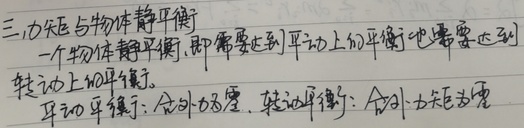
三、力矩与物体静平衡
一个物体静平衡，即需要达到平动上的平衡，也需要达到转动上的平衡。
平动平衡：合外力为零，转动平衡：合外力矩为零